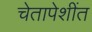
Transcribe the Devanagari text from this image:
चेतापेशींत